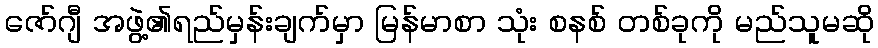
ဇော်ဂျီ အဖွဲ့၏ရည်မှန်းချက်မှာ မြန်မာစာ သုံး စနစ် တစ်ခုကို မည်သူမဆို